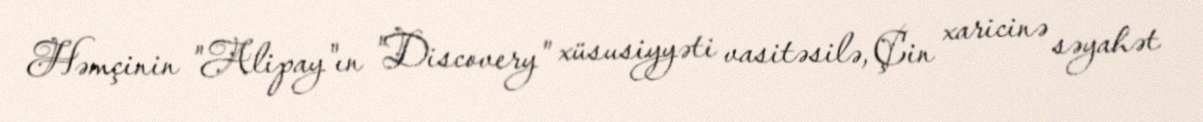
Həmçinin "Alipay"ın "Discovery" xüsusiyyəti vasitəsilə, Çin xaricinə səyahət